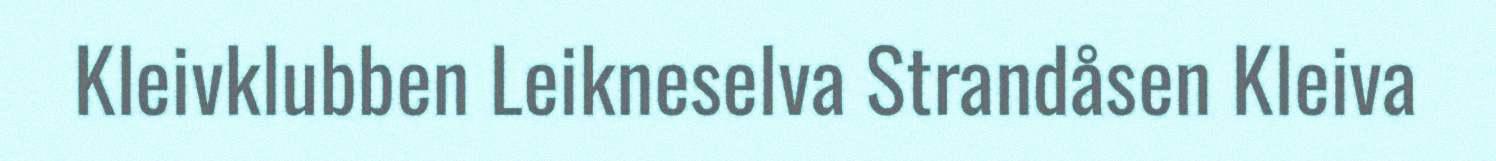
Kleivklubben Leikneselva Strandåsen Kleiva